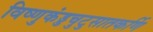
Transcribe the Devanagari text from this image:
विष्णुकंड्डचुटुसातकर्णि